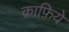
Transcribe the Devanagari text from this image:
क़ाफ़िये